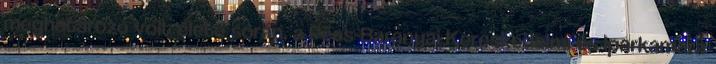
meghatározó volt élete során, a Pécs-Baranyai Kereskedelmi és Iparkamara